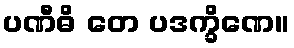
ပဏီဓိ တေ ပဒက္ခိဏေ။